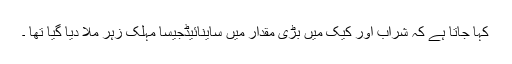
کہا جاتا ہے کہ شراب اور کیک میں بڑی مقدار میں ساینائیڈجیسا مہلک زہر ملا دیا گیا تھا ۔